Some observations on the poison of the banded krait (Bungarus fasciatus) - Number 7
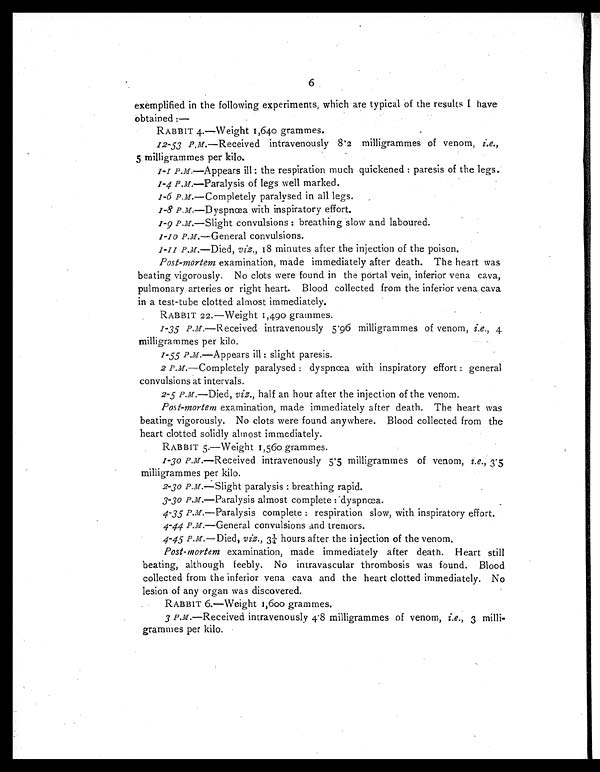
6
exemplified in the following experiments, which are typical of the results I have
obtained
:—
RABBIT 4.—Weight 1,640 grammes.
12-53 P.m.—Received intravenously 8.2 milligrammes of venom, i.e.,
5 milligrammes per kilo.
1-1 P.M.—Appears ill: the respiration much quickened: paresis of the legs.
1-4 P. M.—Paralysis of legs well marked.
1-6 P. M.—Completely paralysed in all legs.
1-8 P. M.—Dyspnœa with inspiratory effort.
1-9 P. M.—Slight convulsions: breathing slow and laboured.
1-10 P.M.—General convulsions.
1-11 P. M.—Died, viz., 18 minutes after the injection of the poison.
Post-mortem examination, made immediately after death. The heart was
beating vigorously. No clots were found in the portal vein, inferior vena cava,
pulmonary arteries or right heart. Blood collected from the inferior vena cava
in a test-tube clotted almost immediately.
RABBIT 22.—Weight 1,490 grammes.
1-35 P. M.—Received intravenously 5.96 milligrammes of venom, i.e., 4
milligrammes per kilo.
1-55 P. M.—Appears ill: slight paresis.
2 P. M. —Completely paralysed: dyspnœa with inspiratory effort: general
convulsions at intervals.
2-5 P. M. —Died, viz., half an hour after the injection of the venom.
Post-mortem examination, made immediately after death. The heart was
beating vigorously. No clots were found anywhere. Blood collected from the
heart clotted solidly almost immediately.
RABBIT 5.—Weight 1,560 grammes.
1-30 P. M.—Received intravenously 5.5 milligrammes of venom, i.e., 3.5
milligrammes per kilo.
2-30 P. M.—Slight paralysis: breathing rapid.
3-30 P. M.—Paralysis almost complete: dyspnœa.
4-35 P. M. —Paralysis complete: respiration slow, with inspiratory effort.
4-44 P. M.—General convulsions and tremors.
4-45 P. M. —Died, viz., 3¼ hours after the injection of the venom.
Post-mortem examination, made immediately after death. Heart still
beating, although feebly. No intravascular thrombosis was found. Blood.
collected from the inferior vena cava and the heart clotted immediately. No
lesion of any organ was discovered.
RABBIT 6.—Weight 1,600 grammes.
3 P. M. —Received intravenously 4.8 milligrammes of venom, i.e., 3 milli-
grammes per kilo.